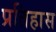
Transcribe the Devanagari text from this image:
प्रतिहास